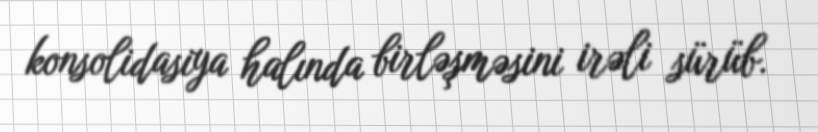
konsolidasiya halında birləşməsini irəli sürüb.